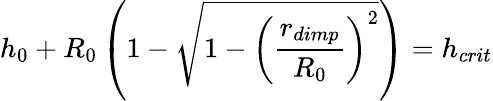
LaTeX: h_{0}+R_{0}\left(1-\sqrt{1-\left(\frac{r_{dimp}}{R_{0}}\right)^{2}}\right)=h_{crit}